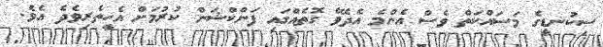
ސިކުނޑީގެ މަސައްކަތް ވެސް އެންމެ އެދެވޭ ގޮތެއްގައި ފަންކްޝަން ކުރުމަށް އެހީތެރިވެދެ އެވެ.